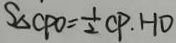
S _ { \Delta C P O } = \frac { 1 } { 2 } C P \cdot H D